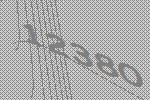
12380